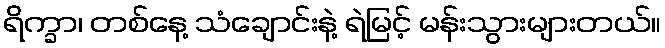
ရိက္ခာ၊ တစ်နေ့ သံချောင်းနဲ့ ရဲမြင့် မန်းသွားများတယ်။